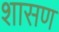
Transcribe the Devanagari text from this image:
शासण